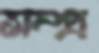
সম্প্র